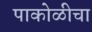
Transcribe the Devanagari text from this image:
पाकोळीचा